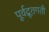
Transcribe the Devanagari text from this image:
पूर्वद्रूतगती